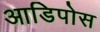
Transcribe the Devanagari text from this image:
आडिपोस